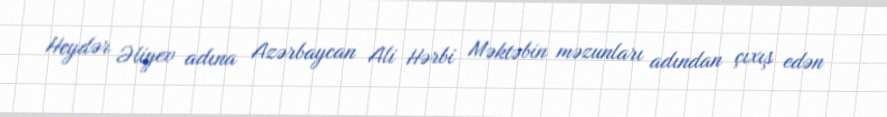
Heydər Əliyev adına Azərbaycan Ali Hərbi Məktəbin məzunları adından çıxış edən